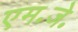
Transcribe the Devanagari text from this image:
एम॰जे॰